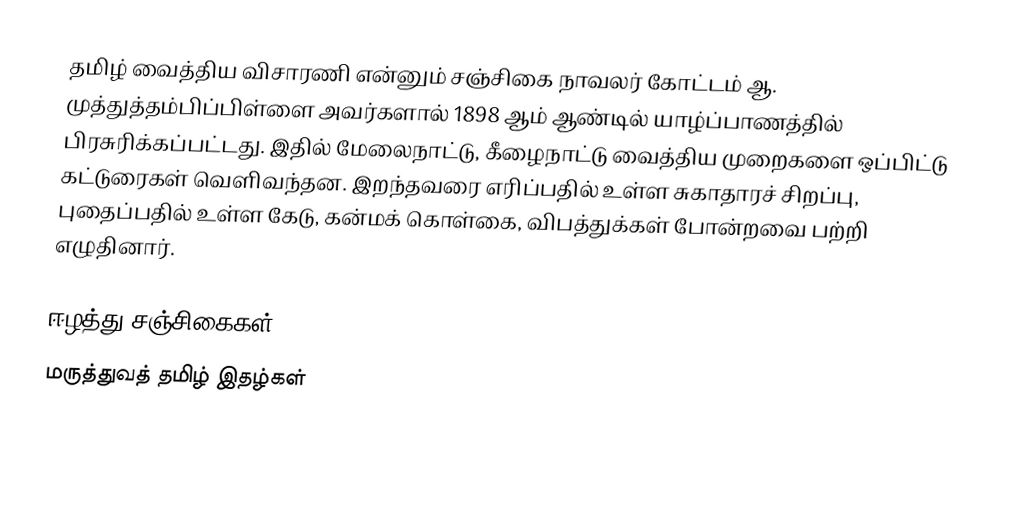
தமிழ் வைத்திய விசாரணி என்னும் சஞ்சிகை நாவலர் கோட்டம் ஆ. முத்துத்தம்பிப்பிள்ளை அவர்களால் 1898 ஆம் ஆண்டில் யாழ்ப்பாணத்தில் பிரசுரிக்கப்பட்டது. இதில் மேலைநாட்டு, கீழைநாட்டு வைத்திய முறைகளை ஒப்பிட்டு கட்டுரைகள் வெளிவந்தன. இறந்தவரை எரிப்பதில் உள்ள சுகாதாரச் சிறப்பு, புதைப்பதில் உள்ள கேடு, கன்மக் கொள்கை, விபத்துக்கள் போன்றவை பற்றி எழுதினார்.

ஈழத்து சஞ்சிகைகள்
மருத்துவத் தமிழ் இதழ்கள்